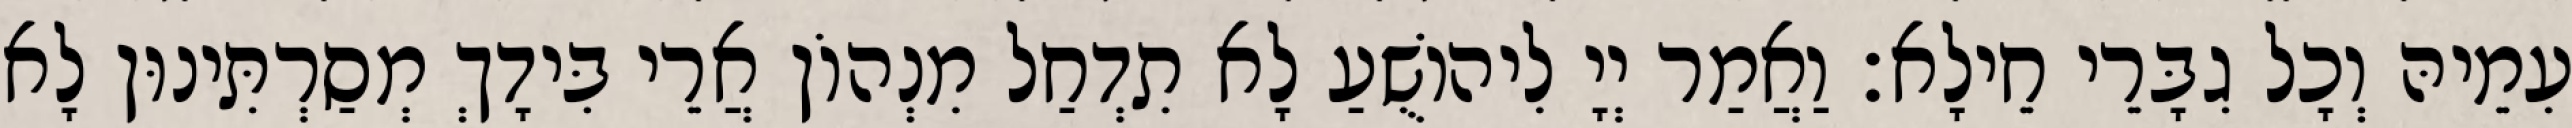
עִמֵיהּ וְכָל גִבָּרֵי חֵילָא׃ וַאֲמַר יְיָ לִיהוֹשֻׁעַ לָא תִדְחַל מִנְהוֹן אֲרֵי בִּידָךְ מְסַרְתִּינוּן לָא